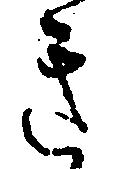
き